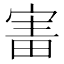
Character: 𡩐